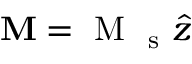
\boldsymbol { \mathbf { M } } = \mathrm { ~ M ~ } _ { \mathrm { ~ s ~ } } \hat { z }